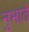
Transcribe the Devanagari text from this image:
नुभाते